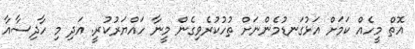
އޮތް މީހެއް ކަަމަށް އަޅުގަނޑުމެންނަށް ތުހުކުރެވިގެން މީނާ ހައްޔަރުކުރީ. އަދި މި ހާދިސާއާ